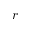
r